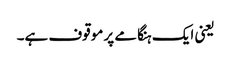
یعنی ایک ہنگامے پر موقوف ہے۔